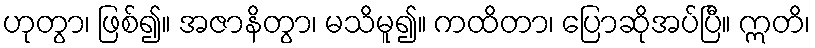
ဟုတွာ၊ ဖြစ်၍။ အဇာနိတွာ၊ မသိမူ၍။ ကထိတာ၊ ပြောဆိုအပ်ပြီ။ ဣတိ၊